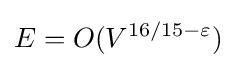
E=O(V^{16/15-\varepsilon })